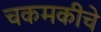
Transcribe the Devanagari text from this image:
चकमकीचे